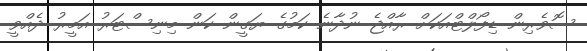
ސޮވެރިން ޑިފޯލްޓްއަކަށް ރާއްޖެ ނުދާނެ ކަމުގެ ޔަގީން ކަން މިނިސްޓަރު އަމީރު ދެއްވީ